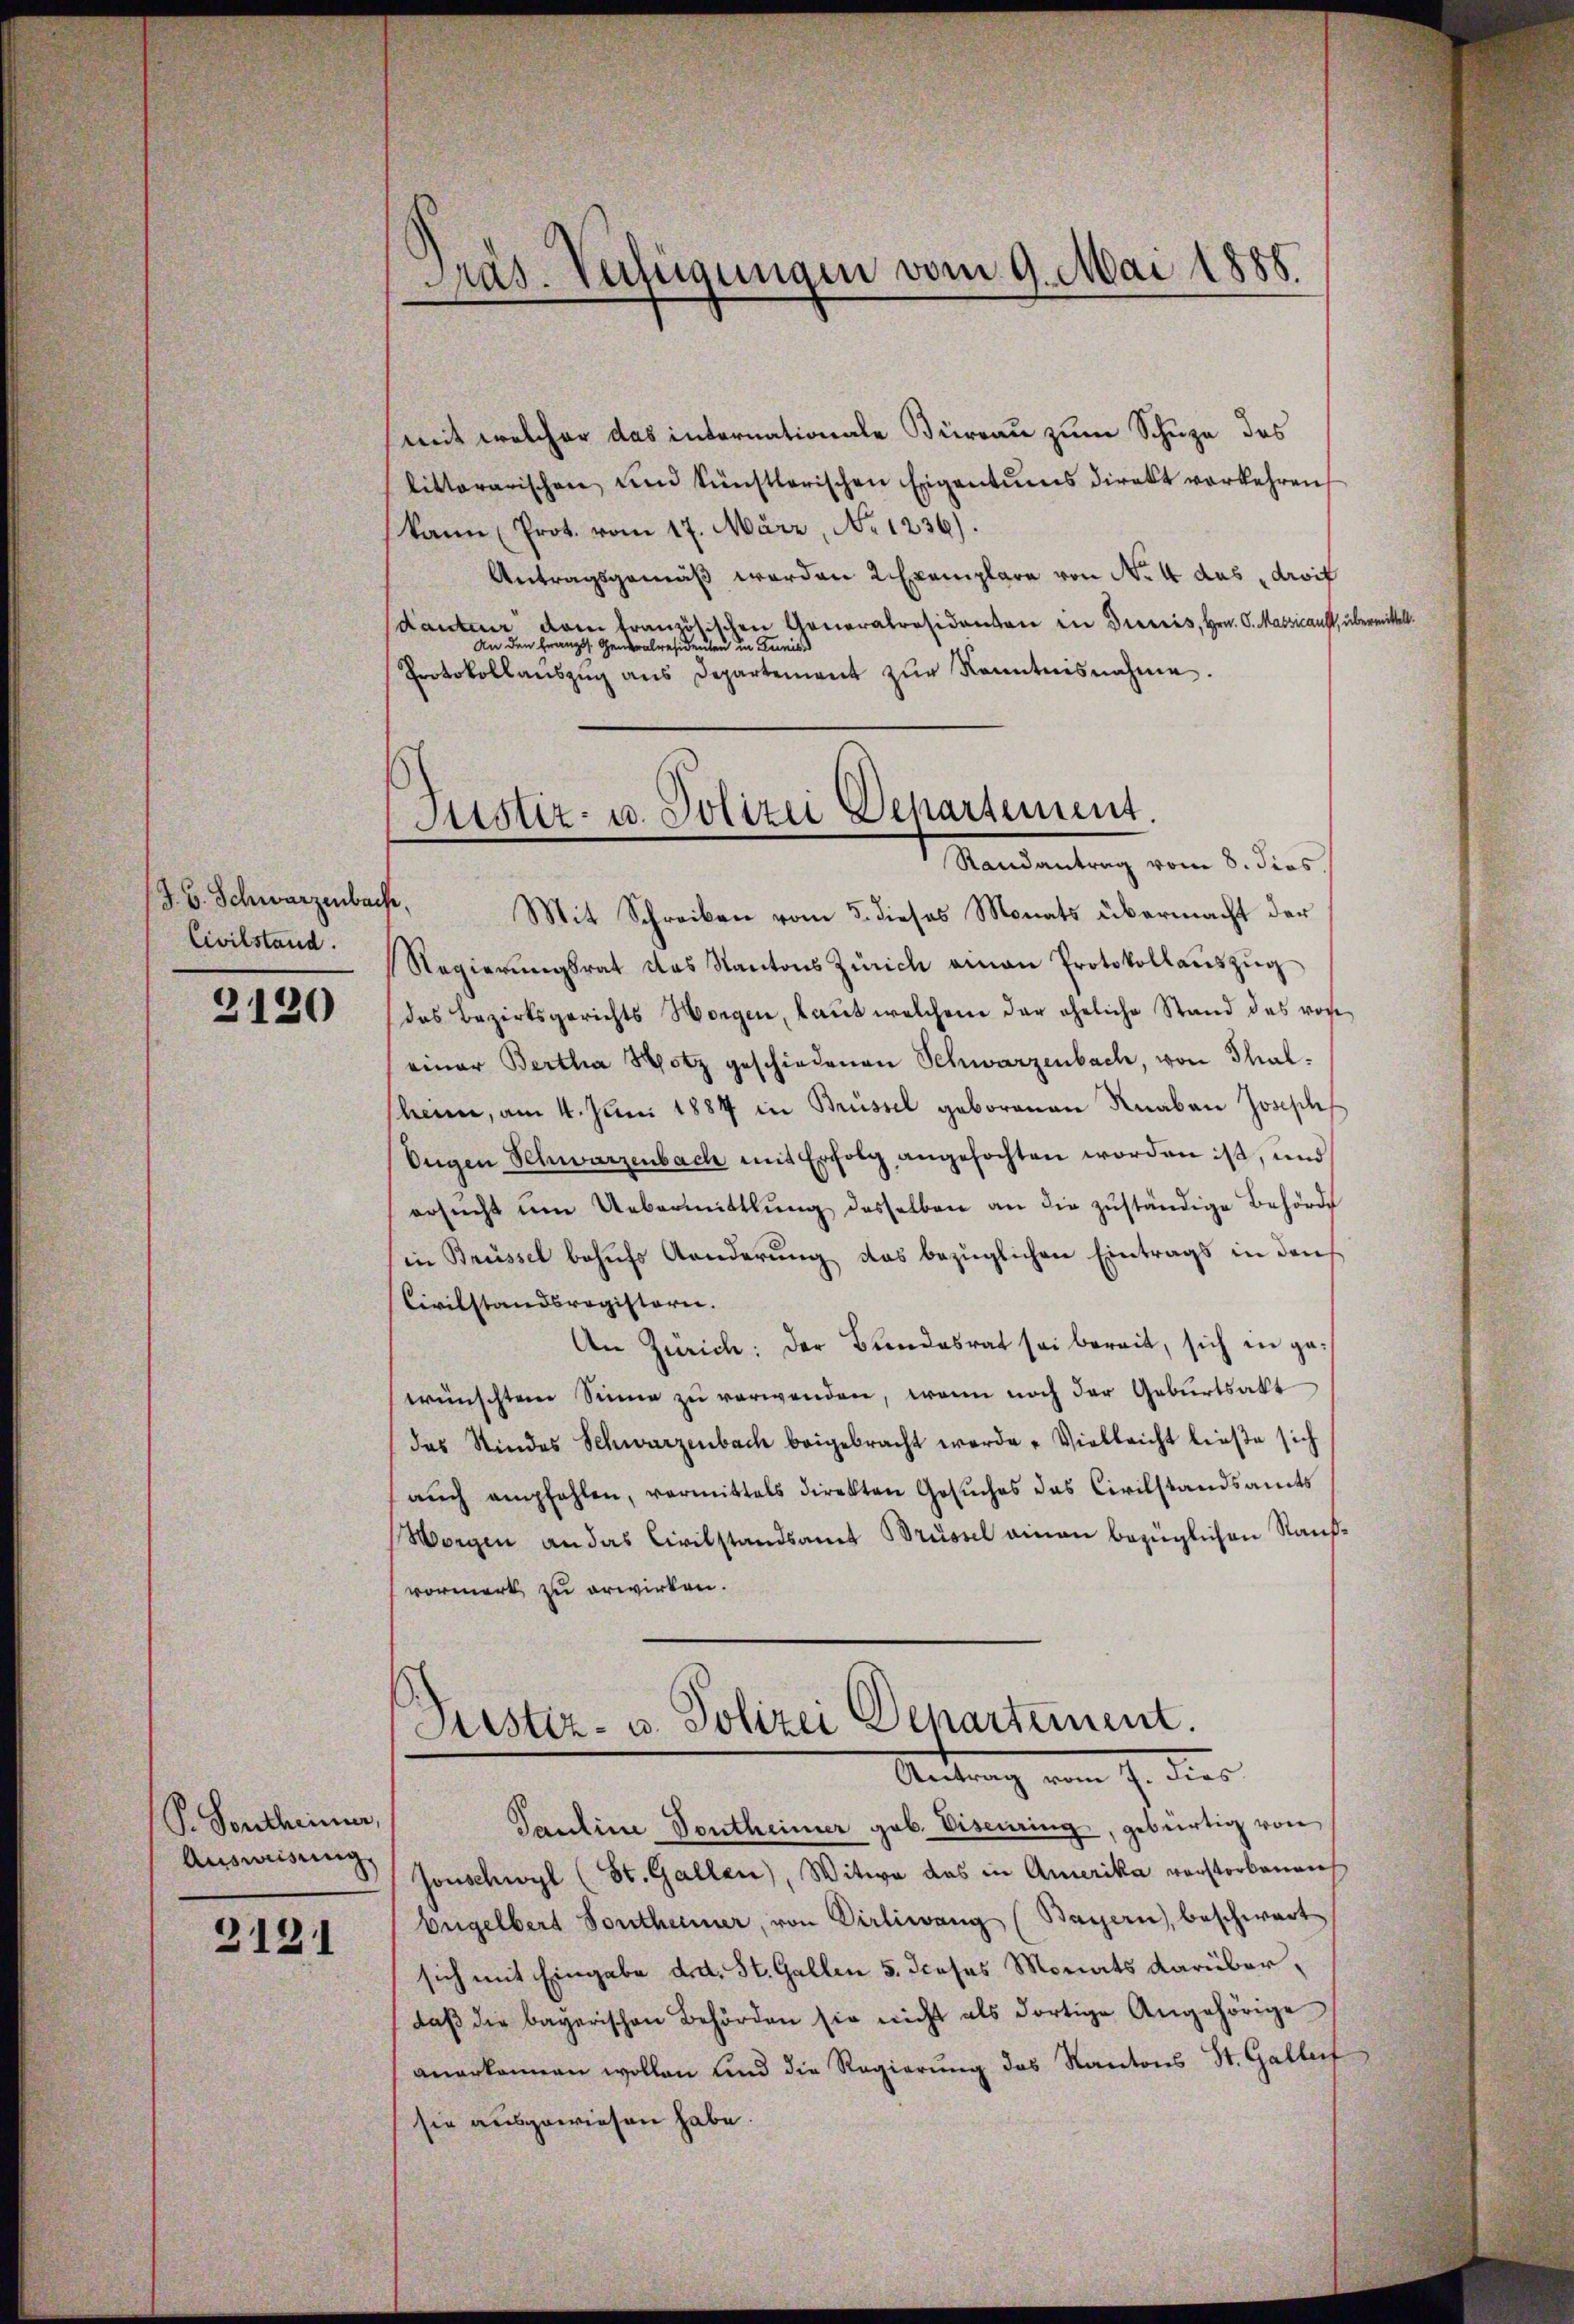
(J. B. Schwarzenbar
Civilstand.

2120

P. Sonstheimer,
Ausweisung

3121

Präs. Verfügungen vom 9. Mai 1888.

mit welcher das internationale Büreau zum Schuze des
litterarischen und künstlerischen Eigentums direkt vorkehren
kann (Prot. vom 17. März, No 1236).
Antragsgemäß werden 2 Exemplare von No. 4 das droit
danten dem französischen Generalräsidenten in Drescis, Hrn. C. Massicaust, übermittelt.
An den Französ. Generalresidenten in Tunisi
Protokollaŭszŭg ans Departement zŭr Kenntnisnahme.
.
Mit Schreiben vom 5. dieses Monats übermacht der
Regierŭngsrat das Kantons Zürich einen Protokollaŭszŭg
das Bezirksgerichts Morgen, laŭt welchem der eheliche Stand das von
einer Bertha Hotz geschiedenen Schwarzenbach, von Thal-
heim, am 4. Juni 1884 in Brüssel geborenen Knaben Joseph
Ougen Schwarzenbach mit Erfolg angefochten worden ist, und
ersŭcht um Uebermittlung desselben an die zŭständige Behörde
in Brüssel behŭfs Aenderŭng das bezüglichen Eintrags in den
Civilstandsregistern.
An Zürich: der Bundesrat sei bereit, sich in gewünschten Sinne zŭ verwenden, wenn noch der Geburtsakt
das Stindes Schwarzenbach beigebracht werde. Vielleicht ließe sich
auch empfehlen, vermittels direkten Gesuches das Civilstandsamts
(Morgen an das Civilstandsamt Brüssel einen bezüglichen Raufvormerk zu erwirken.

Justiz- u. Polizei Departement
Randantrag vom 8. dies

Justiz- u. Polizei Departement.
Antrag vom 7. dies

Pauline Sontheimer geb. Viseiring, gebürtig von
Jonschwyl (St. Gallen), Witwe das in Amerika vorstorbenen
Engelbert Sontheimer, von Dirliwang (Bayern, beschwart
sich mit Eingabe d. d. St. Gallen 5. dieses Monats darüber,
daβ die bayerischen Behörden sie nicht als dortige Angehörige
anerkannen wollen und die Regierung des Kantons St. Gallert
sie ausgewiesen habe.